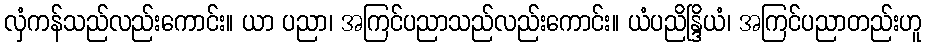
လှံကန်သည်လည်းကောင်း။ ယာ ပညာ၊ အကြင်ပညာသည်လည်းကောင်း။ ယံပညိန္ဒြိယံ၊ အကြင်ပညာတည်းဟူ